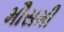
મૌસમી